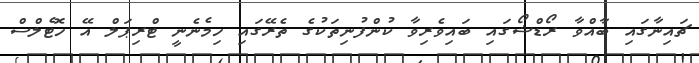
ޗައިނާގައި ބާއްވާ ރޯޑްޝޯގައި ބައިވެރިވާ ކުންފުނިތަކުގެ ތެރޭގައި ހިމެނެނީ ޓްރިޕަލް އޭ ހޮޓެލްސް